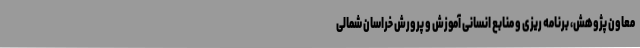
معاون پژوهش، برنامه ریزی و منابع انسانی آموزش و پرورش خراسان شمالی